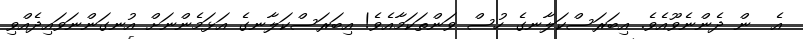
އެ  ން ދެންނެވޫއެވެ. އިބަރަސްކަލާނގެ ހުސް ވަންތަކަމާއެވެ! އިބަރަސްކަލާނގެ އަޅަމެންނަށް އުނގަންނަވައިދެއްވި